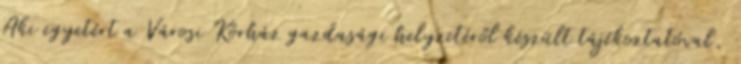
Aki egyetért a Városi Kórház gazdasági helyzetéről készült tájékoztatóval,